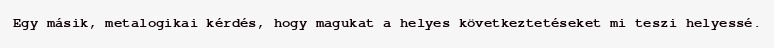
Egy másik, metalogikai kérdés, hogy magukat a helyes következtetéseket mi teszi helyessé.